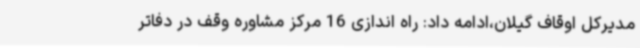
مدیرکل اوقاف گیلان،ادامه داد: راه اندازی 16 مرکز مشاوره وقف در دفاتر